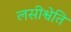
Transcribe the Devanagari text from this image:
लसीश्वेति